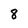
Character: 8